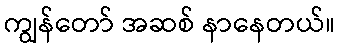
ကျွန်တော် အဆစ် နာနေတယ်။